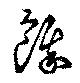
餓